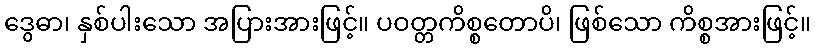
ဒွေဓာ၊ နှစ်ပါးသော အပြားအားဖြင့်။ ပဝတ္တကိစ္စတောပိ၊ ဖြစ်သော ကိစ္စအားဖြင့်။